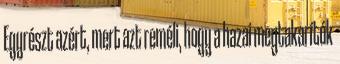
Egyrészt azért, mert azt reméli, hogy a hazai megtakarítók